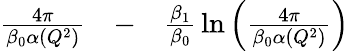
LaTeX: \begin{array}{rlr}{{\frac{4\pi}{\beta_{0}\alpha(Q^{2})}}}&{{}-}&{{\frac{\beta_{1}}{\beta_{0}}}\ln\left({\frac{4\pi}{\beta_{0}\alpha(Q^{2})}}\right)}\end{array}